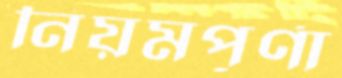
নিয়মপূর্ণা